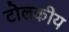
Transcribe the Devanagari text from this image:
टोलकीय